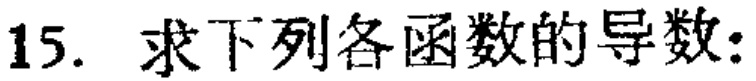
15. 求下列各函数的导数：